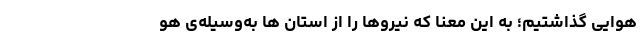
هوایی گذاشتیم؛ به این معنا که نیروها را از استان ها به‌وسیله‌ی هو